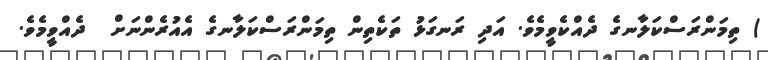
) ތިމަންރަސްކަލާނގެ ދެއްކެވީމެވެ. އަދި ރަނގަޅު ތަކެތިން ތިމަންރަސްކަލާނގެ އެއުރެންނަށް  ދެއްވީމެވެ.